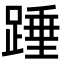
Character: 𮛺